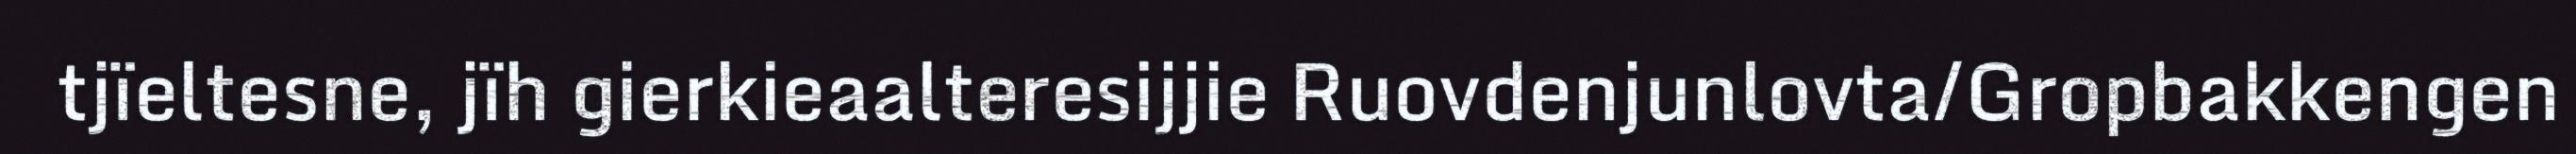
tjïeltesne, jïh gierkieaalteresijjie Ruovdenjunlovta/Gropbakkengen